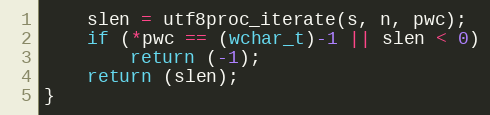
Language: C
	slen = utf8proc_iterate(s, n, pwc);
	if (*pwc == (wchar_t)-1 || slen < 0)
		return (-1);
	return (slen);
}